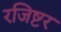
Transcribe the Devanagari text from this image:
रजिष्टर